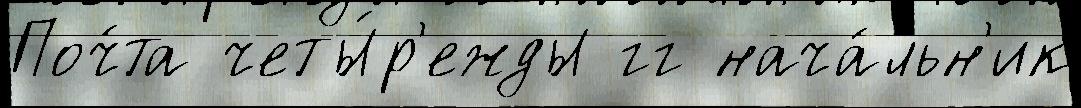
Поч́та четы́р'ежды гг нача́льн'ик